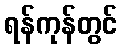
ရန်ကုန်တွင်